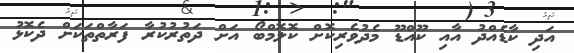
އަދި ކާޑެއްދު އާއި ކޫއްޑޫ މެދުވެރިކޮށް ކޮލޮމްބޯ އަށް ދަތުރުކުރާ ފަރާތްތަކަށް ދެކޮޅު